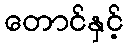
တောင်နှင့်